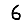
Digit: 6